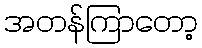
အတန်ကြာတော့